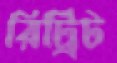
রিট্রিট